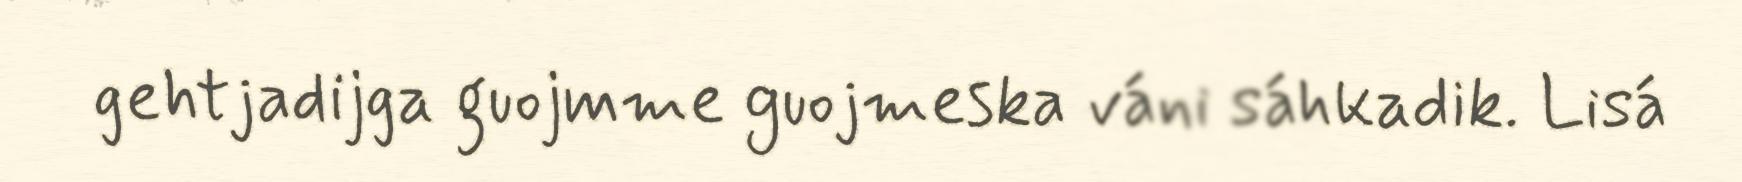
gehtjadijga guojmme guojmeska váni sáhkadik. Lisá